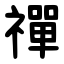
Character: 禪